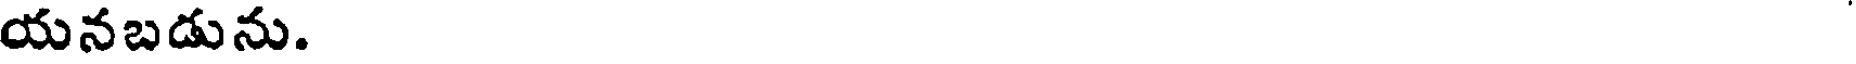
యనబడును.